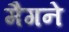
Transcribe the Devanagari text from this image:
मैगने